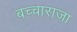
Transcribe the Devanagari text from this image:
बच्‍चाराजा